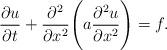
LaTeX: \begin{align*}\frac{\partial u}{\partial t}+\frac{\partial^2}{\partial x^2}\Biggl (a\frac{\partial^2u}{\partial x^2}\Biggr )=f.\end{align*}